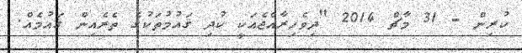
ކުރިން - 31 މާޗް 2014 "ދިވެހިރާއްޖެއަކީ ކުދި ޤައުމުތަކުގެ ތެރެއިން ޤައުމެއް.